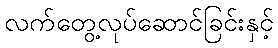
လက်တွေ့လုပ်ဆောင်ခြင်းနှင့်